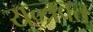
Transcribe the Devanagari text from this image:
यन्त्रवत्